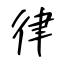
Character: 律